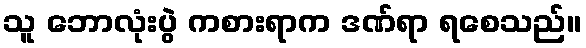
သူ ဘောလုံးပွဲ ကစားရာက ဒဏ်ရာ ရစေသည်။